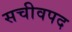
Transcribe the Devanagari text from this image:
सचीवपद